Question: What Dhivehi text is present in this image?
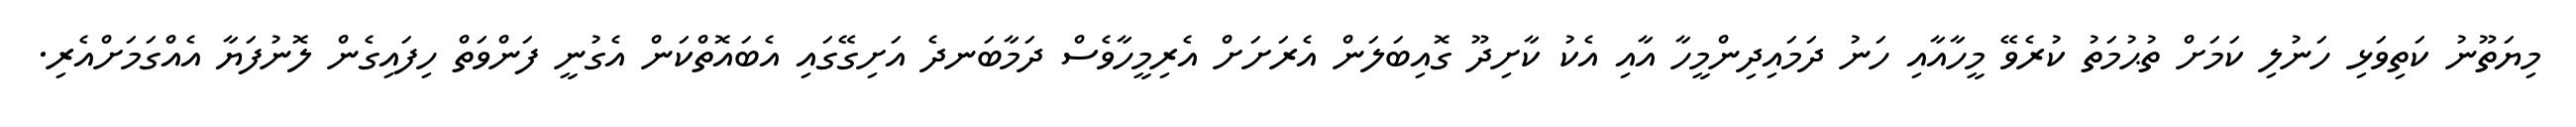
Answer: މިޔަތޫނު ކަތިވަޅި ހަނުލި ކަމަށް ތުޙުމަތު ކުރެވޭ މީހާއާއި ހަނު ދަމައިދިންމީހާ އާއި އެކު ކާށިދޫ ގޮއިބަލަން އެރަށަށް އެރިމީހާވެސް ދަމާބަނދެ އަށިގޭގައި އެބައޮތްކަން އެގުނީ ފަންވަތް ހިފައިގެން ލޮނުފަޔާ އެއްގަމަށްއެރި.